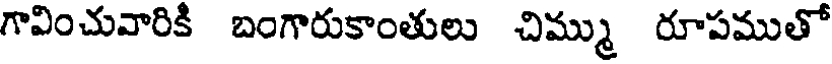
గావించువారికి బంగారుకాంతులు చిమ్ము రూపముతో